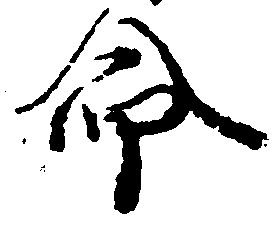
命